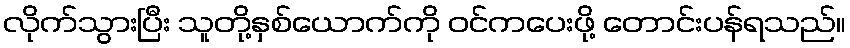
လိုက်သွားပြီး သူတို့နှစ်ယောက်ကို ဝင်ကပေးဖို့ တောင်းပန်ရသည်။